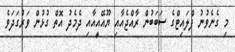
މި ގެނެެވުނު ފްލައިޓްގެ ސަބަބުން ރާއްޖެއާއި ޔޫއޭއީއާއި ދެމެދު އޮތް ގުޅުން ވަރުގަދަވެ